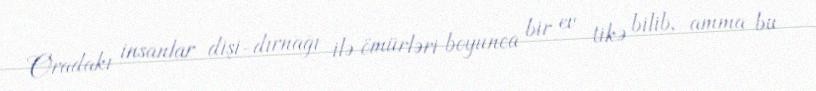
Oradakı insanlar dişi-dırnağı ilə ömürləri boyunca bir ev tikə bilib, amma bu